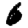
Digit: 6